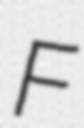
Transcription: F